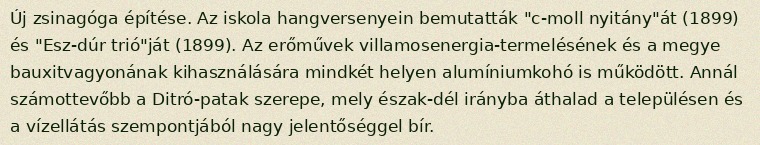
Új zsinagóga építése. Az iskola hangversenyein bemutatták "c-moll nyitány"át (1899) és "Esz-dúr trió"ját (1899). Az erőművek villamosenergia-termelésének és a megye bauxitvagyonának kihasználására mindkét helyen alumíniumkohó is működött. Annál számottevőbb a Ditró-patak szerepe, mely észak-dél irányba áthalad a településen és a vízellátás szempontjából nagy jelentőséggel bír.